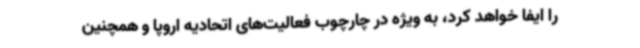
را ایفا خواهد کرد، به ویژه در چارچوب فعالیت‌های اتحادیه اروپا و همچنین